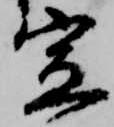
宣